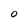
Character: O